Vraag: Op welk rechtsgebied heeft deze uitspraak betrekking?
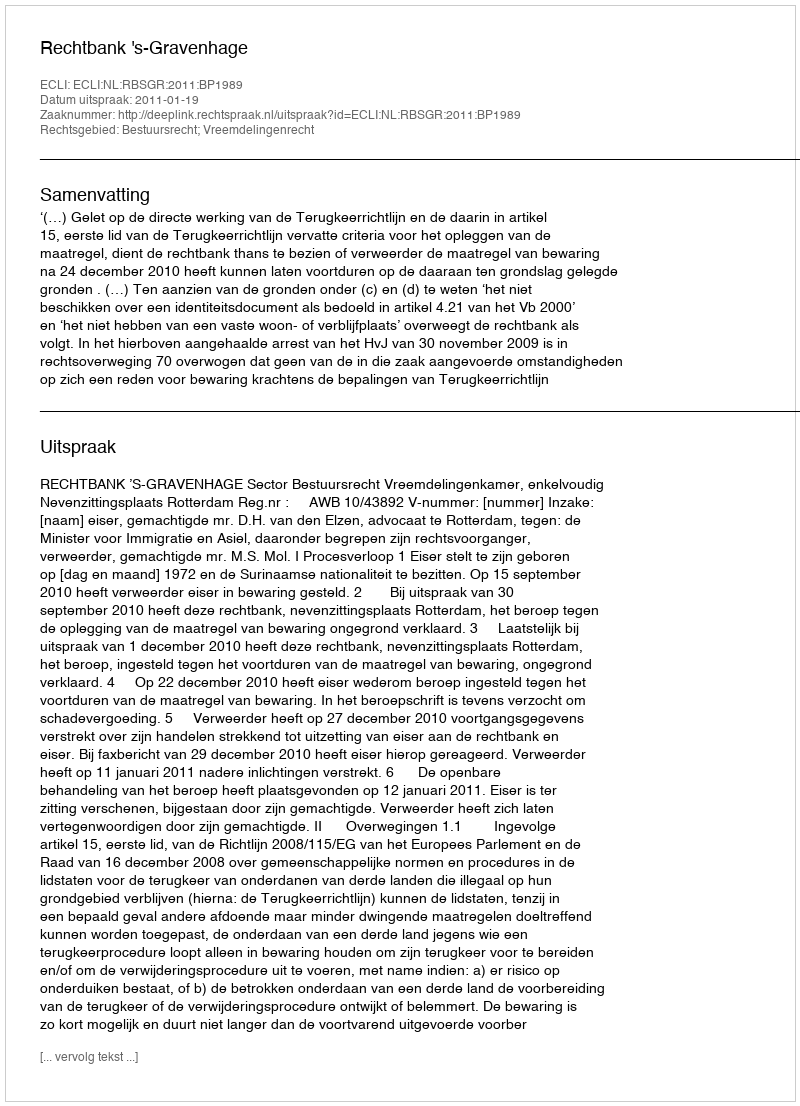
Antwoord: Bestuursrecht; Vreemdelingenrecht